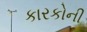
કારકોની